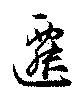
遷